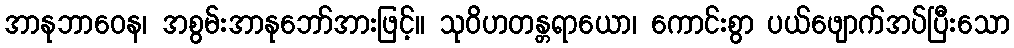
အာနုဘာဝေန၊ အစွမ်းအာနုဘော်အားဖြင့်။ သုဝိဟတန္တရာယော၊ ကောင်းစွာ ပယ်ဖျောက်အပ်ပြီးသော